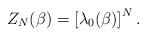
LaTeX: \begin{align*}Z_{N}(\beta )=\left[\lambda _{0}(\beta )\right]^N.\end{align*}